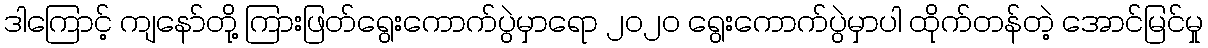
ဒါကြောင့် ကျနော်တို့ ကြားဖြတ်ရွေးကောက်ပွဲမှာရော ၂ဝ၂ဝ ရွေးကောက်ပွဲမှာပါ ထိုက်တန်တဲ့ အောင်မြင်မှု